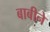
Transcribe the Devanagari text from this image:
बाबीने